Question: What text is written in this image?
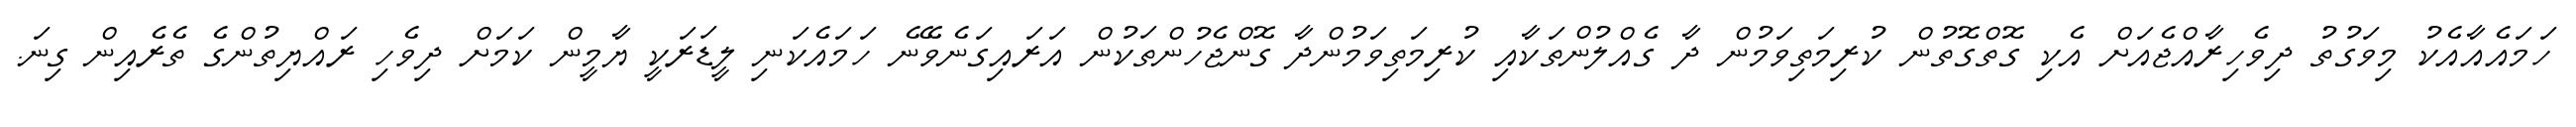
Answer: ހަމައެއާއެކު މިވަގުތު ދިވެހިރާއްޖެއަށް އެކި ގޮތްގޮތުން ކުރިމަތިވަމުން ދާ ގެއްލުންތަކާއި ކުރިމަތިވަމުންދާ ގޮންޖެހުންތަކުން އަރައިގަނެވޭނެ ހަމައެކަނި ލީޑަރަކީ ޔާމީން ކަމަށް ދިވެހި ރައްޔިތުންގެ ތެރެއިން ގިނަ.